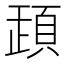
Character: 𩒞